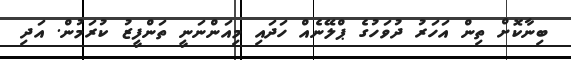
ބިނާކޮށް ތިން އަހަރު ދުވަހުގެ ޕްލޭނެއް ހަދައި މިއަންނަނީ ތަންފީޒު ކުރަމުން. އަދި